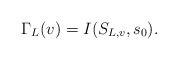
LaTeX: \begin{align*}\Gamma_L(v)=I(S_{L,v},s_0).\end{align*}